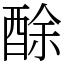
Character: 酴